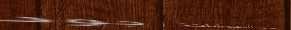
تأسيس خالد للمفروشات: جود